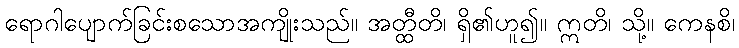
ရောဂါပျောက်ခြင်းစသောအကျိုးသည်။ အတ္ထီတိ၊ ရှိ၏ဟူ၍။ ဣတိ၊ သို့။ ကေနစိ၊